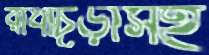
রাধাচূড়াসহ